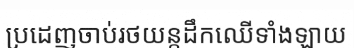
ប្រដេញចាប់រថយន្តដឹកឈើទាំងឡាយ